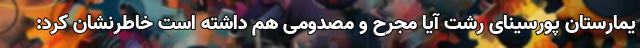
یمارستان پورسینای رشت آیا مجرح و مصدومی هم داشته است خاطرنشان کرد: